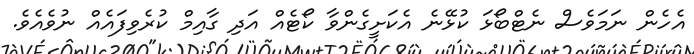
އެހެން ނަމަވެސް ނެޓްބޯޅަ ކުޅޭނެ އެކަށީގެންވާ ކޯޓެއް އަދި ގާއިމް ކުރެވިފައެއް ނުވެއެވެ.